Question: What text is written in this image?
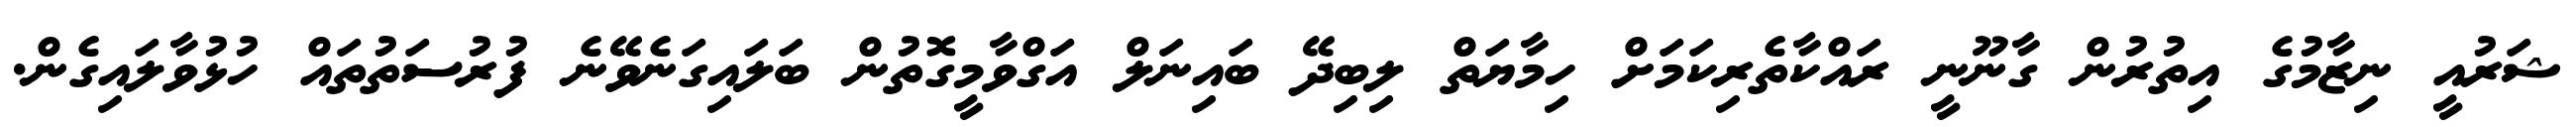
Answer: ޝަރުއީ ނިޒާމުގެ އިތުރުން ގާނޫނީ ރައްކާތެރިކަމަށް ހިމާޔަތް ލިބިދޭ ބައިނަލް އަގްވާމީގޮތުން ބަލައިގަނެވޭނެ ފުރުސަތުތައް ހުޅުވާލައިގެން.